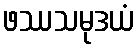
ဖဿသမုဒယံ